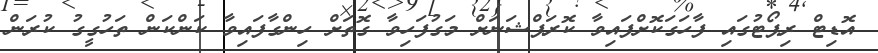
އޮޑިޓް ރިޕޯޓުގައި ފާހަގަކޮށްފައިވާ ކޮރަޕްޝަނަށް މަގުފަހިވާ ގޮތަށް ހިންގާފައިވާ ކަންކަން ތަހުގީގު ކުރަން